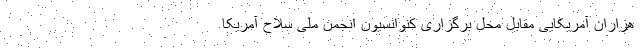
هزاران آمریکایی مقابل محل برگزاری کنوانسیون انجمن ملی سلاح آمریکا